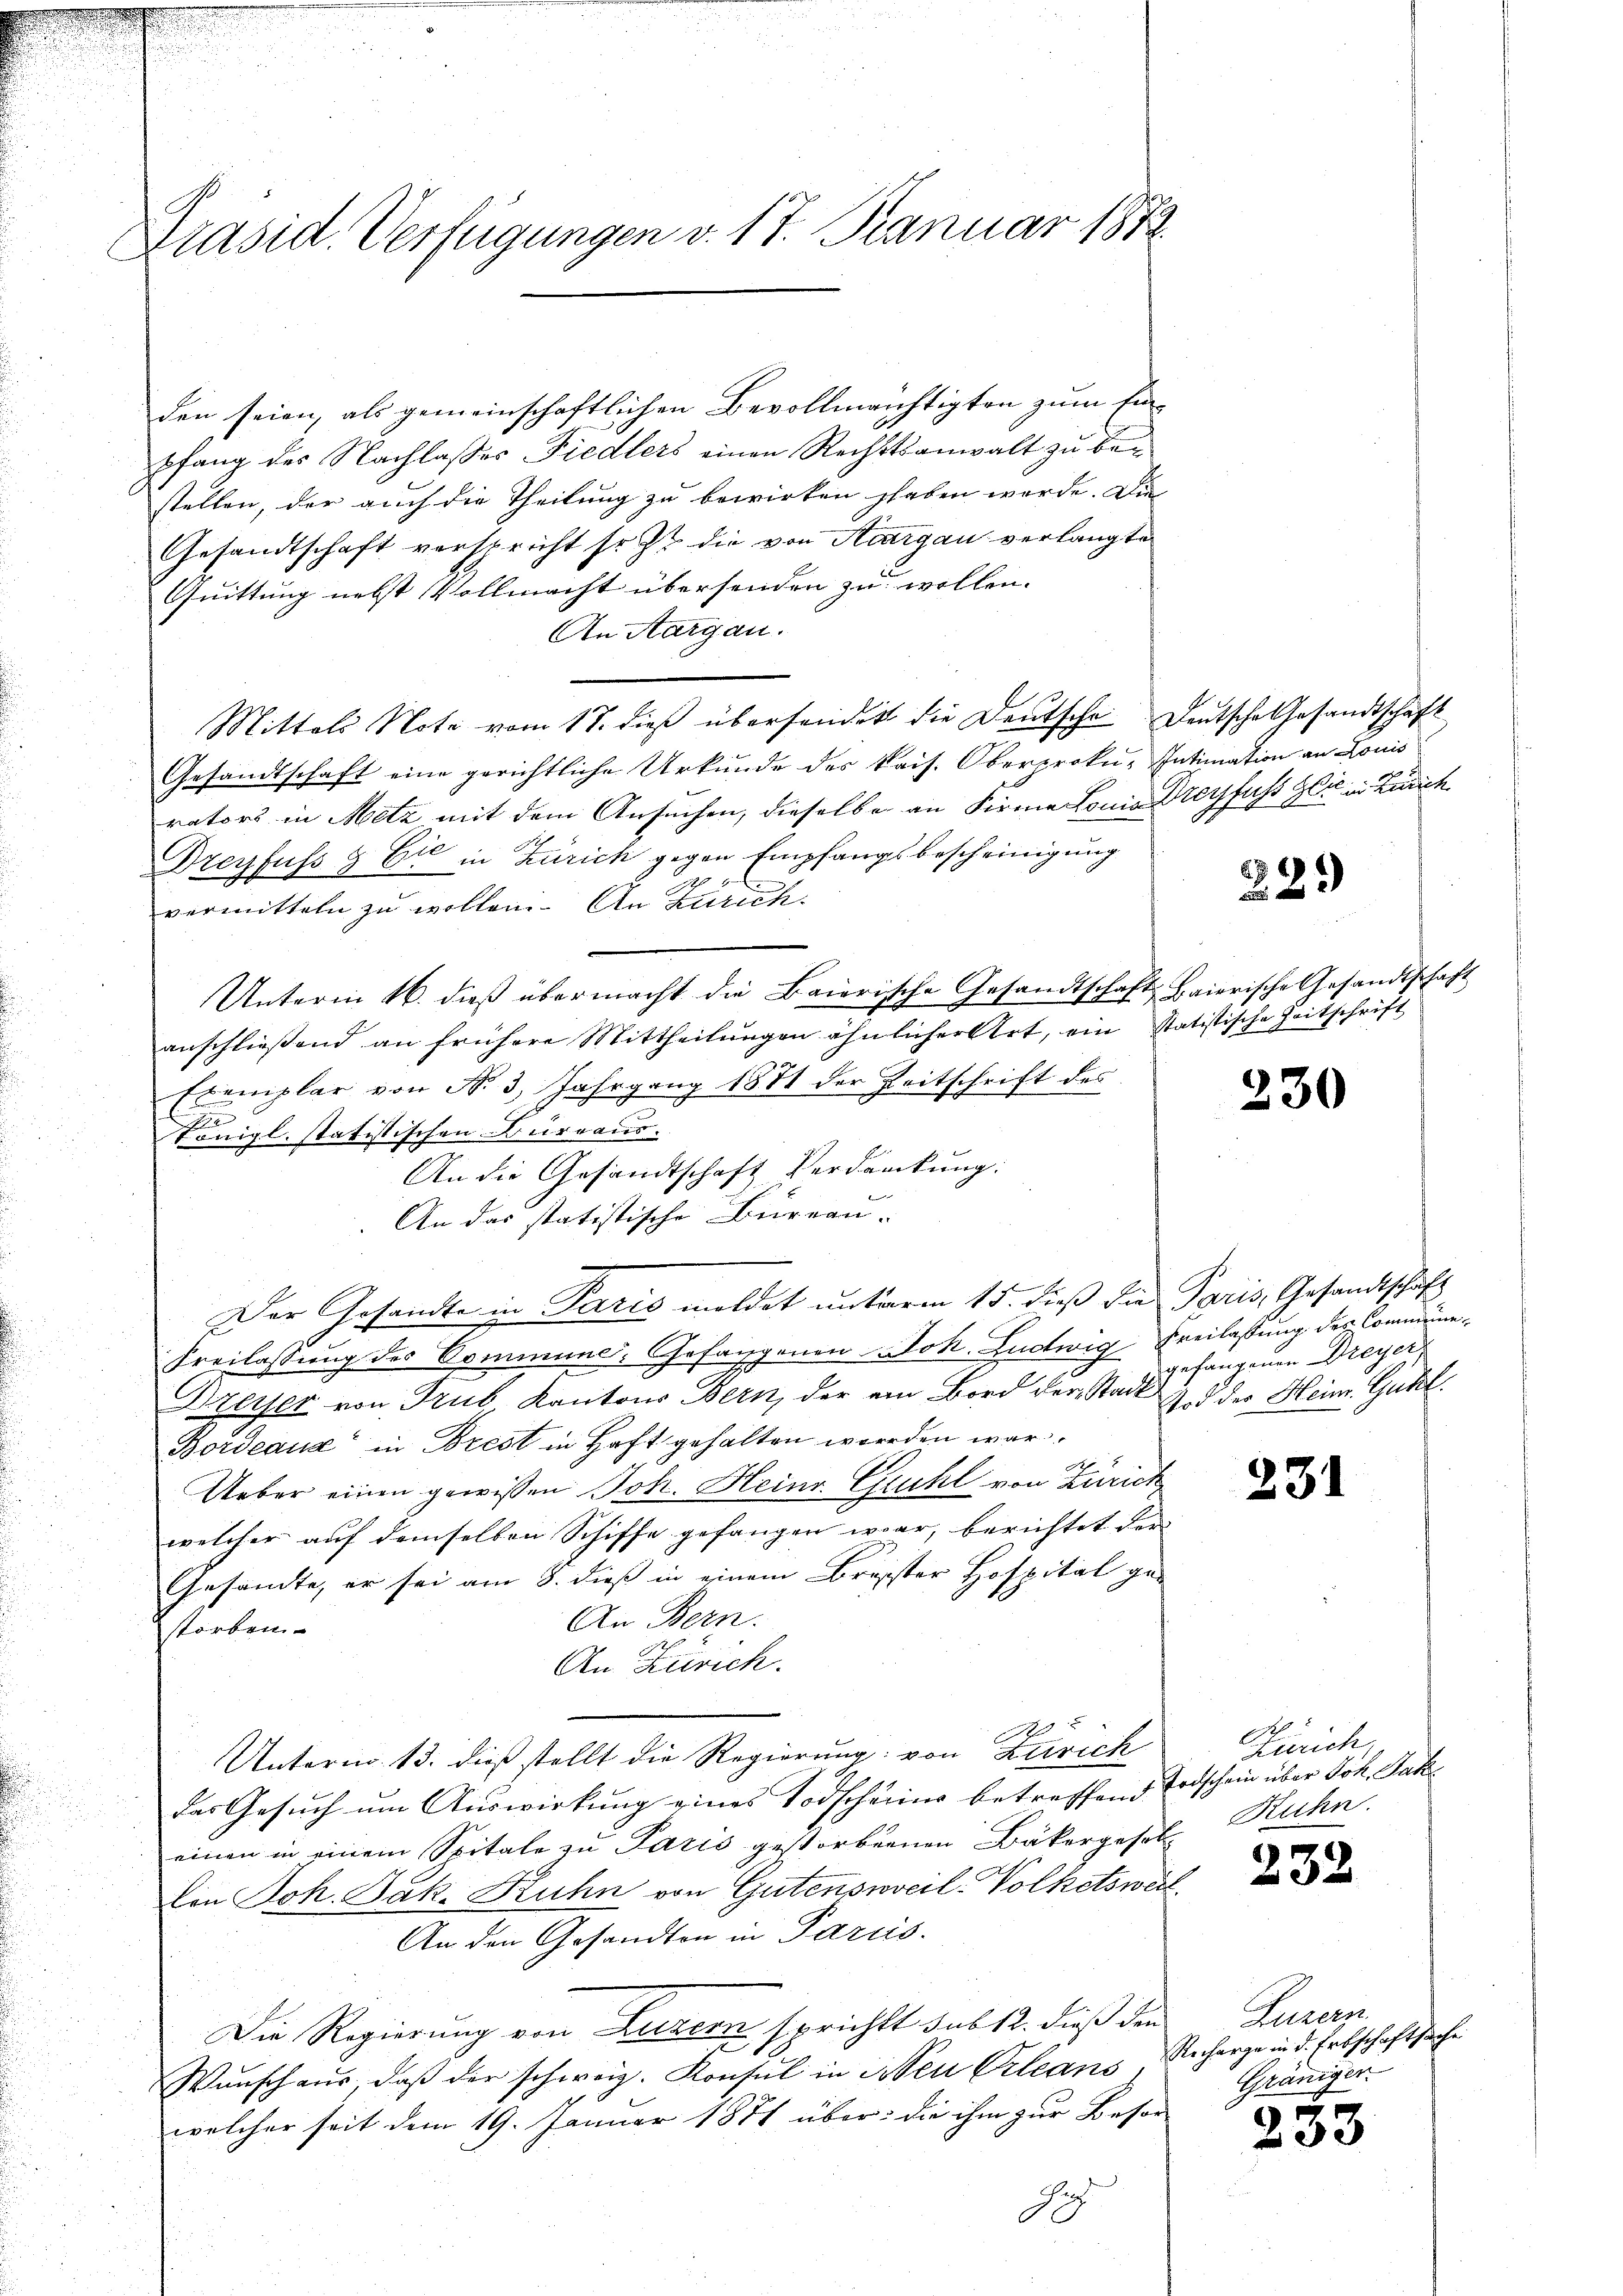
Präsid. Verfügungen v. 17. Januar 1873.

den seien, als gemeinschaftlichen Bevollmächtigten zum Einpfang des Nachlasses Fiedlers einen Rechtsanwalt zu bestellen, der auch die Theilung zu bewirken haben werde. Die
Gesandtschaft verspricht so zu die von Sargau verlangte
Quittung nebst Vollmacht übersenden zu wollen.
An Aargau.
Mittels Note vom 17. dieß übersender die Deutsche Deutsche Gesandtschaft
Gesandtschaft eine gerichtliche Urkunde des kais. Oberproku-Intimation an Louis
rators in Metz mit dem Ansuchen, dieselbe an Firme Lonia Dreyfuss sie in Zürich
Dreyfuss & Cie in Zürich gegen Empfangsbescheinigung
vermitteln zu wollen. An Zürich.
Unterm 16. dieß übermacht die Baierische Gesandtschaft Baierische Gesandtschaft
anschließend an frühere Mittheilungen ähnlicher Art, ein Statistische Zeitschrift
cemplar von N. 3. Jahrgang 1881 der Zeitschrift des
E
Königl. statistischen Bureaus.
An die Gesandtschaft Verdankung:
An das statistische Bureau- |
Der Gesandte in Paris meldet unterm 15. dieß die Paris, Gesandtschaft
Freilassung des Commune, Gefangenen Jok. Ludwig Freilassung des Commune¬
Kreiser von Trub Kantons Bern, der ein Bord der Stadt Z. d der Heim. Guhl.
Bordeaux in Brest in Haft gehalten werden war.
Ueber einen gewissen Joh. Heinr. Guhl von Zürich
welcher auf demselben Schiffe gefangen war, berichtet der
Gesandte, er sei am 8. dieß in einem Breister Hospital ge-
An Bern.
storben.
An Zürich.

Unterm 13. dieß stellt die Regierung: von Zürich
das Gesuch um Auswirkung eines Todscheine betreffend Todschein über Joh. Jak
einen in einem Spitale zu Paris gestorbenen Bäkergesetz
Con Joh. Jak. Stuhn von Gutensweil Volketswert
An den Gesandten in Paris.
Die Regierung von Luzern, sprichtt sub 12. dieß den
Wunsch aus, daß der schweiz. Konsul in Neu Orleans, Richerze in d. Erbschaftssache
welcher seit dem 19. Januar 1874 über: die ihm zur Besor
Je

22.)

230

gefangenen Dreyer

231

A
Zürich
Ruhn.

232

Zuzern.
Gräniger.

233